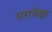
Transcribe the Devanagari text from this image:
परापेक्षा